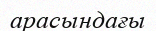
арасындағы